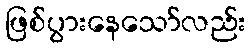
ဖြစ်ပွားနေသော်လည်း